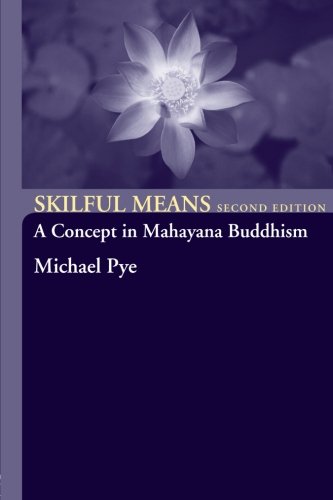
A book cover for Skilful Means: A Concept in Mahayana Buddhism; Michael Pye; Religion & Spirituality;